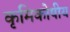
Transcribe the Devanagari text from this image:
कृमिकोषीय